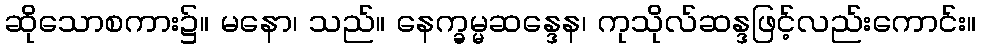
ဆိုသောစကား၌။ မနော၊ သည်။ နေက္ခမ္မဆန္ဒေန၊ ကုသိုလ်ဆန္ဒဖြင့်လည်းကောင်း။